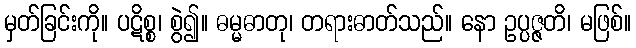
မှတ်ခြင်းကို။ ပဋိစ္စ၊ စွဲ၍။ ဓမ္မဓာတု၊ တရားဓာတ်သည်။ နော ဥပ္ပဇ္ဇတိ၊ မဖြစ်။